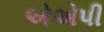
એએપી